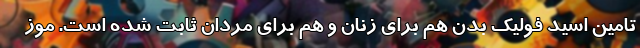
تامین اسید فولیک بدن هم برای زنان و هم برای مردان ثابت شده است. موز